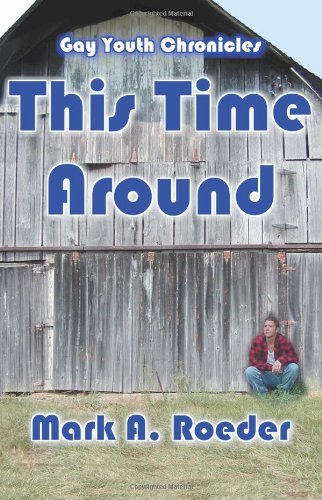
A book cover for This Time Around; Mark Roeder; Gay & Lesbian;